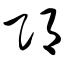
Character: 邛